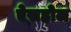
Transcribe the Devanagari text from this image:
ऐसहोल